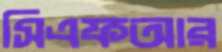
সিএফআর